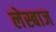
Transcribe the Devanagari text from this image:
लेस्बाज